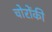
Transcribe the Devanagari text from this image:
चोरोंकी